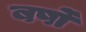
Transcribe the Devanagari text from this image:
बर्षोंं